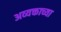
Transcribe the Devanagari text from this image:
अव्यक्ताच्या